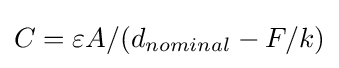
C=\varepsilon A/(d_{nominal}-F/k)